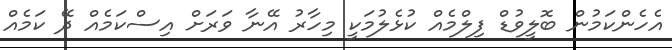
އެހެންކަމުން ބޮލީވުޑް ފިލްމެއް ކުޅެލުމަކީ މިހާރު އޭނާ ވަރަށް އިސްކަމެއް ދޭ ކަމެއް